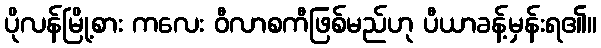
ပိုလန်မြို့စား ကလေး ဝီလာစကီဖြစ်မည်ဟု ပီယာခန့်မှန်းရ၏။